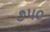
૭૫૦